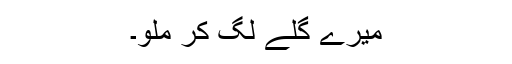
میرے گلے لگ کر ملو۔